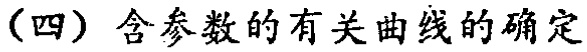
（四）含参数的有关曲线的确定